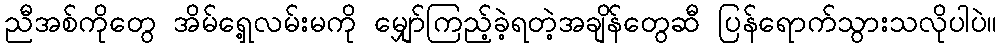
ညီအစ်ကိုတွေ အိမ်ရှေ့လမ်းမကို မျှော်ကြည့်ခဲ့ရတဲ့အချိန်တွေဆီ ပြန်ရောက်သွားသလိုပါပဲ။